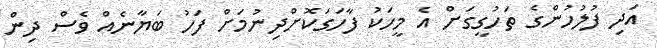
އަދި ފުލުހުންގެ ތަހުގީގަށް އެ މީހަކު ފާހަގަކޮށްދިނުމަށް ފަހު ބަޔާނެއް ވެސް ދިން